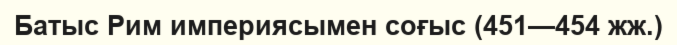
Батыс Рим империясымен соғыс (451—454 жж.)